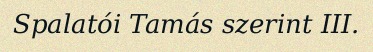
Spalatói Tamás szerint III.